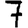
Digit: 7